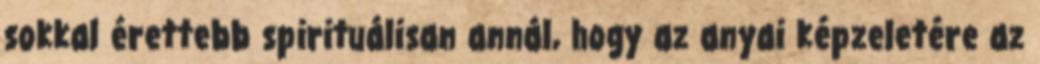
sokkal érettebb spirituálisan annál, hogy az anyai képzeletére az